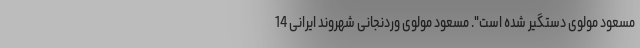
مسعود مولوی دستگیر شده است". مسعود مولوی وردنجانی شهروند ایرانی 14